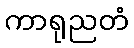
ကာရုညတံ